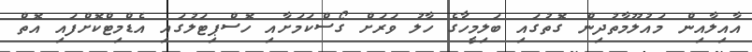
އާއިލާއިން މައުލޫމާތުދިން ގޮތުގައި ބަލިމީހާގެ ހާލު ވަރަށް ގޯސްކަމަށާއި ހޮސްޕިޓަލުގައި އެޑްމިޓްކޮށްފައި އޮތް